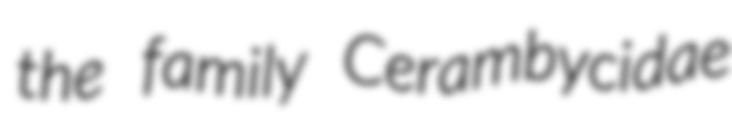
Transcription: the family Cerambycidae